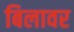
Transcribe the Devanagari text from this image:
बिलावर